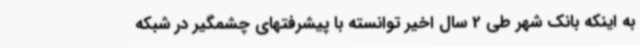
به اینکه بانک شهر طی 2 سال اخیر توانسته با پیشرفتهای چشمگیر در شبکه